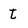
Character: t